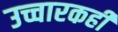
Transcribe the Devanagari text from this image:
उच्चारकही